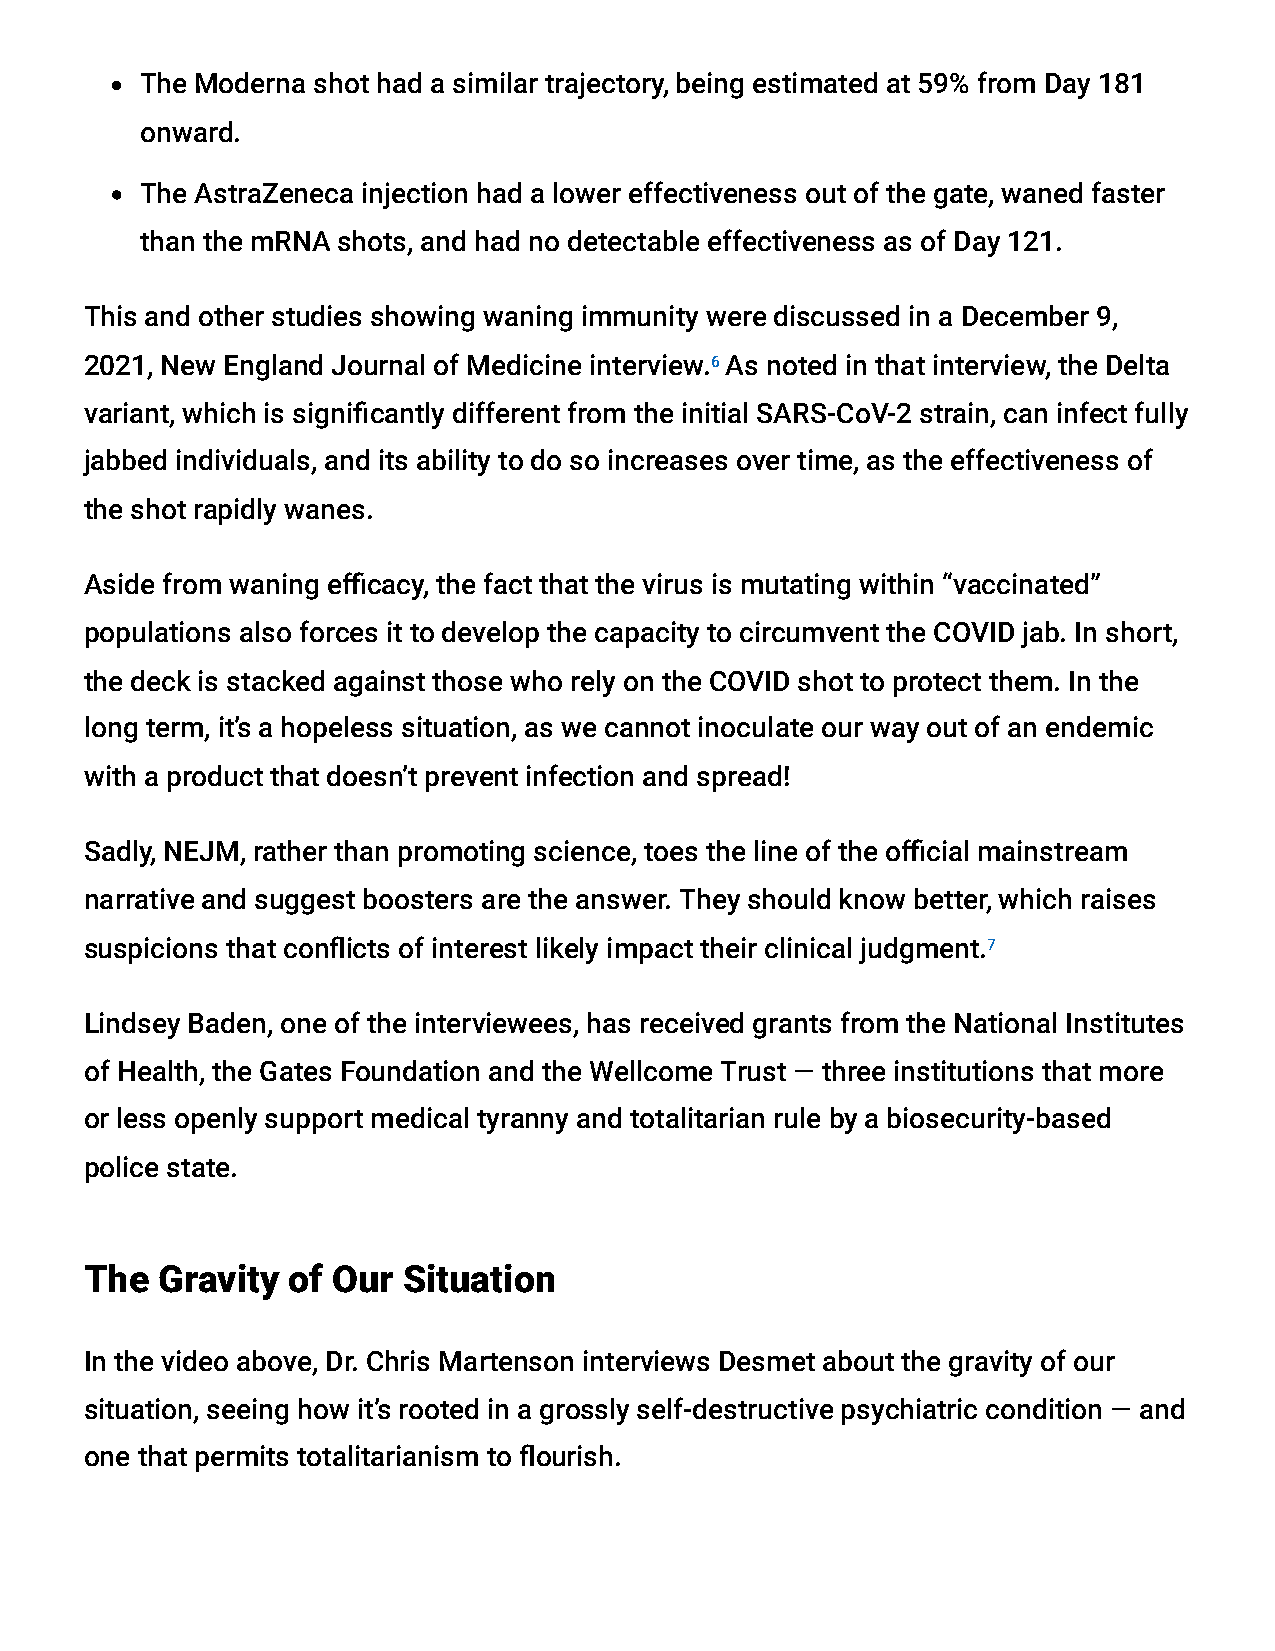
The Moderna shot had a similar trajectory, being estimated at 59% from Day 181
 onward.
 The AstraZeneca injection had a lower effectiveness out of the gate, waned faster
 than the mRNA shots, and had no detectable effectiveness as of Day 121.
 This and other studies showing waning immunity were discussed in a December 9,
 2021, New England Journal of Medicine interview.6 As noted in that interview, the Delta
 variant, which is signicantly different from the initial SARS-CoV-2 strain, can infect fully
 jabbed individuals, and its ability to do so increases over time, as the effectiveness of
 the shot rapidly wanes.
 Aside from waning ecacy, the fact that the virus is mutating within “vaccinated”
 populations also forces it to develop the capacity to circumvent the COVID jab. In short,
 the deck is stacked against those who rely on the COVID shot to protect them. In the
 long term, it’s a hopeless situation, as we cannot inoculate our way out of an endemic
 with a product that doesn’t prevent infection and spread!
 Sadly, NEJM, rather than promoting science, toes the line of the ocial mainstream
 narrative and suggest boosters are the answer. They should know better, which raises
 suspicions that conicts of interest likely impact their clinical judgment.7
 Lindsey Baden, one of the interviewees, has received grants from the National Institutes
 of Health, the Gates Foundation and the Wellcome Trust — three institutions that more
 or less openly support medical tyranny and totalitarian rule by a biosecurity-based
 police state.
 The Gravity  of Our  Situation
 In the video above, Dr. Chris Martenson interviews Desmet about the gravity of our
 situation, seeing how it’s rooted in a grossly self-destructive psychiatric condition — and
 one that permits totalitarianism to ourish.